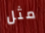
مثل